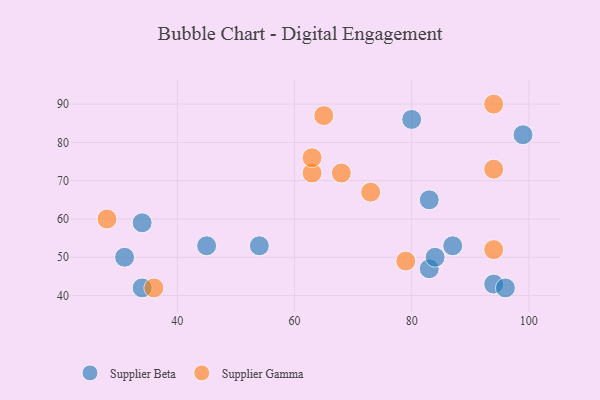
{"axis": {"x": "GDP", "y": "Life Expectancy"}, "legend": ["Supplier Beta", "Supplier Gamma"], "data": [{"x": "34", "y": 42, "type": "Supplier Beta"}, {"x": "34", "y": 59, "type": "Supplier Beta"}, {"x": "83", "y": 47, "type": "Supplier Beta"}, {"x": "31", "y": 50, "type": "Supplier Beta"}, {"x": "45", "y": 53, "type": "Supplier Beta"}, {"x": "94", "y": 43, "type": "Supplier Beta"}, {"x": "54", "y": 53, "type": "Supplier Beta"}, {"x": "84", "y": 50, "type": "Supplier Beta"}, {"x": "99", "y": 82, "type": "Supplier Beta"}, {"x": "96", "y": 42, "type": "Supplier Beta"}, {"x": "83", "y": 65, "type": "Supplier Beta"}, {"x": "87", "y": 53, "type": "Supplier Beta"}, {"x": "80", "y": 86, "type": "Supplier Beta"}, {"x": "65", "y": 87, "type": "Supplier Gamma"}, {"x": "79", "y": 49, "type": "Supplier Gamma"}, {"x": "73", "y": 67, "type": "Supplier Gamma"}, {"x": "28", "y": 60, "type": "Supplier Gamma"}, {"x": "94", "y": 73, "type": "Supplier Gamma"}, {"x": "94", "y": 90, "type": "Supplier Gamma"}, {"x": "63", "y": 72, "type": "Supplier Gamma"}, {"x": "63", "y": 76, "type": "Supplier Gamma"}, {"x": "68", "y": 72, "type": "Supplier Gamma"}, {"x": "36", "y": 42, "type": "Supplier Gamma"}, {"x": "94", "y": 52, "type": "Supplier Gamma"}]}